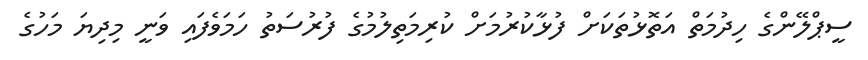
ސީޕްލޭންގެ ހިދުމަތް އަތޮޅުތަކަށް ފުޅާކުރުމަށް ކުރިމަތިލުމުގެ ފުރުސަތު ހަމަވެފައި ވަނީ މިދިޔަ މަހުގެ